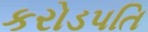
કરોડપતિ